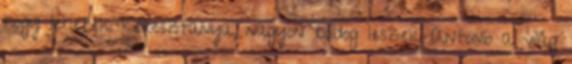
hogy lehetek keresztanya, nagyon boldog leszek Antonio a világ